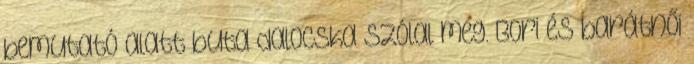
bemutató alatt buta dalocska szólal meg. Bori és barátnői